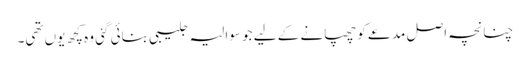
چنانچہ اصل مدعے کو چھپانے کے لیے جو سوالیہ جلیبی بنائی گئی وہ کچھ یوں تھی۔